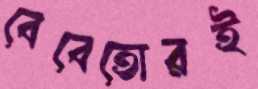
বেবেতোরই